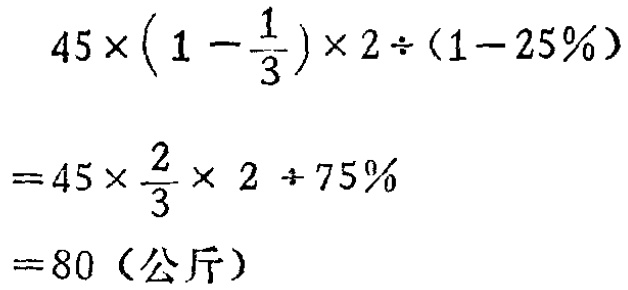
\[

\begin{align*}

&45\times(1 - \frac{1}{3})\times2\div(1 - 25\%)\\

=&45\times\frac{2}{3}\times 2\div 75\%\\

=&80（\text{公斤}）

\end{align*}

\]